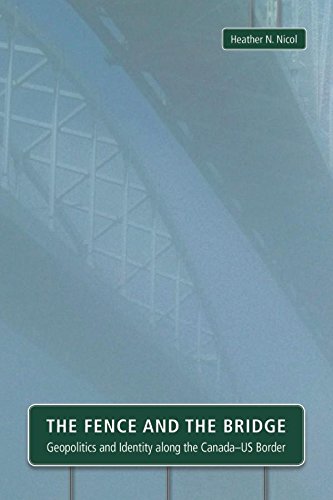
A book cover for The Fence and the Bridge: Geopolitics and Identity along the Canada-US Border; Heather N. Nicol; History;